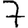
Digit: 7